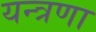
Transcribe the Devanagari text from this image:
यन्त्रणा